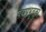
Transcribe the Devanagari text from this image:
पद्मप्रभृतका